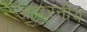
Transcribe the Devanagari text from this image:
आदरनीय